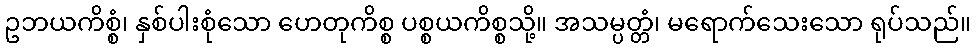
ဥဘယကိစ္စံ၊ နှစ်ပါးစုံသော ဟေတုကိစ္စ ပစ္စယကိစ္စသို့။ အသမ္ပတ္တံ၊ မရောက်သေးသော ရုပ်သည်။